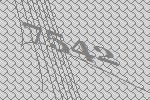
7542